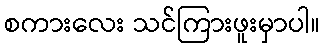
စကားလေး သင်ကြားဖူးမှာပါ။